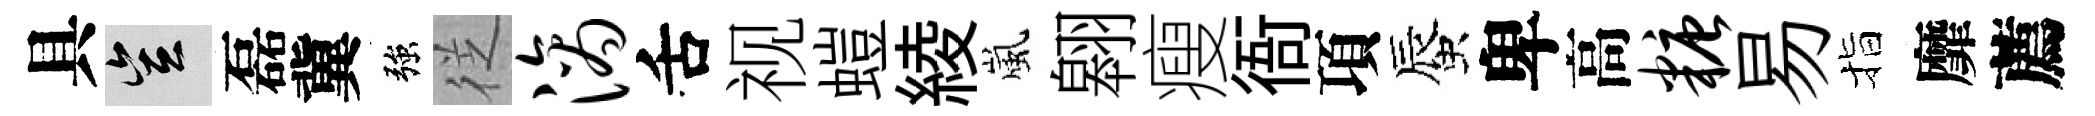
具豈磊冀強徔滴舌视螘綾嵐翱瘦衙項蜃卑高糖易指靡薦